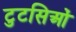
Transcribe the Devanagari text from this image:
टुटसिओं